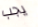
يجب